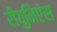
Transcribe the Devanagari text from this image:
रीयुनिएंस